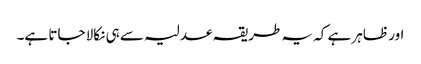
اور ظاہر ہے کہ یہ طریقہ عدلیہ سے ہی نکالا جاتا ہے۔